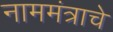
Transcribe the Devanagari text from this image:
नाममंत्राचे